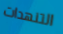
التنهدات